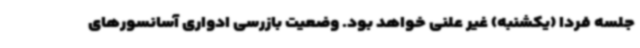
جلسه فردا (یکشنبه) غیر علنی خواهد بود. وضعیت بازرسی ادواری آسانسورهای